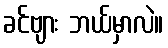
ခင်ဗျား ဘယ်မှာလဲ။